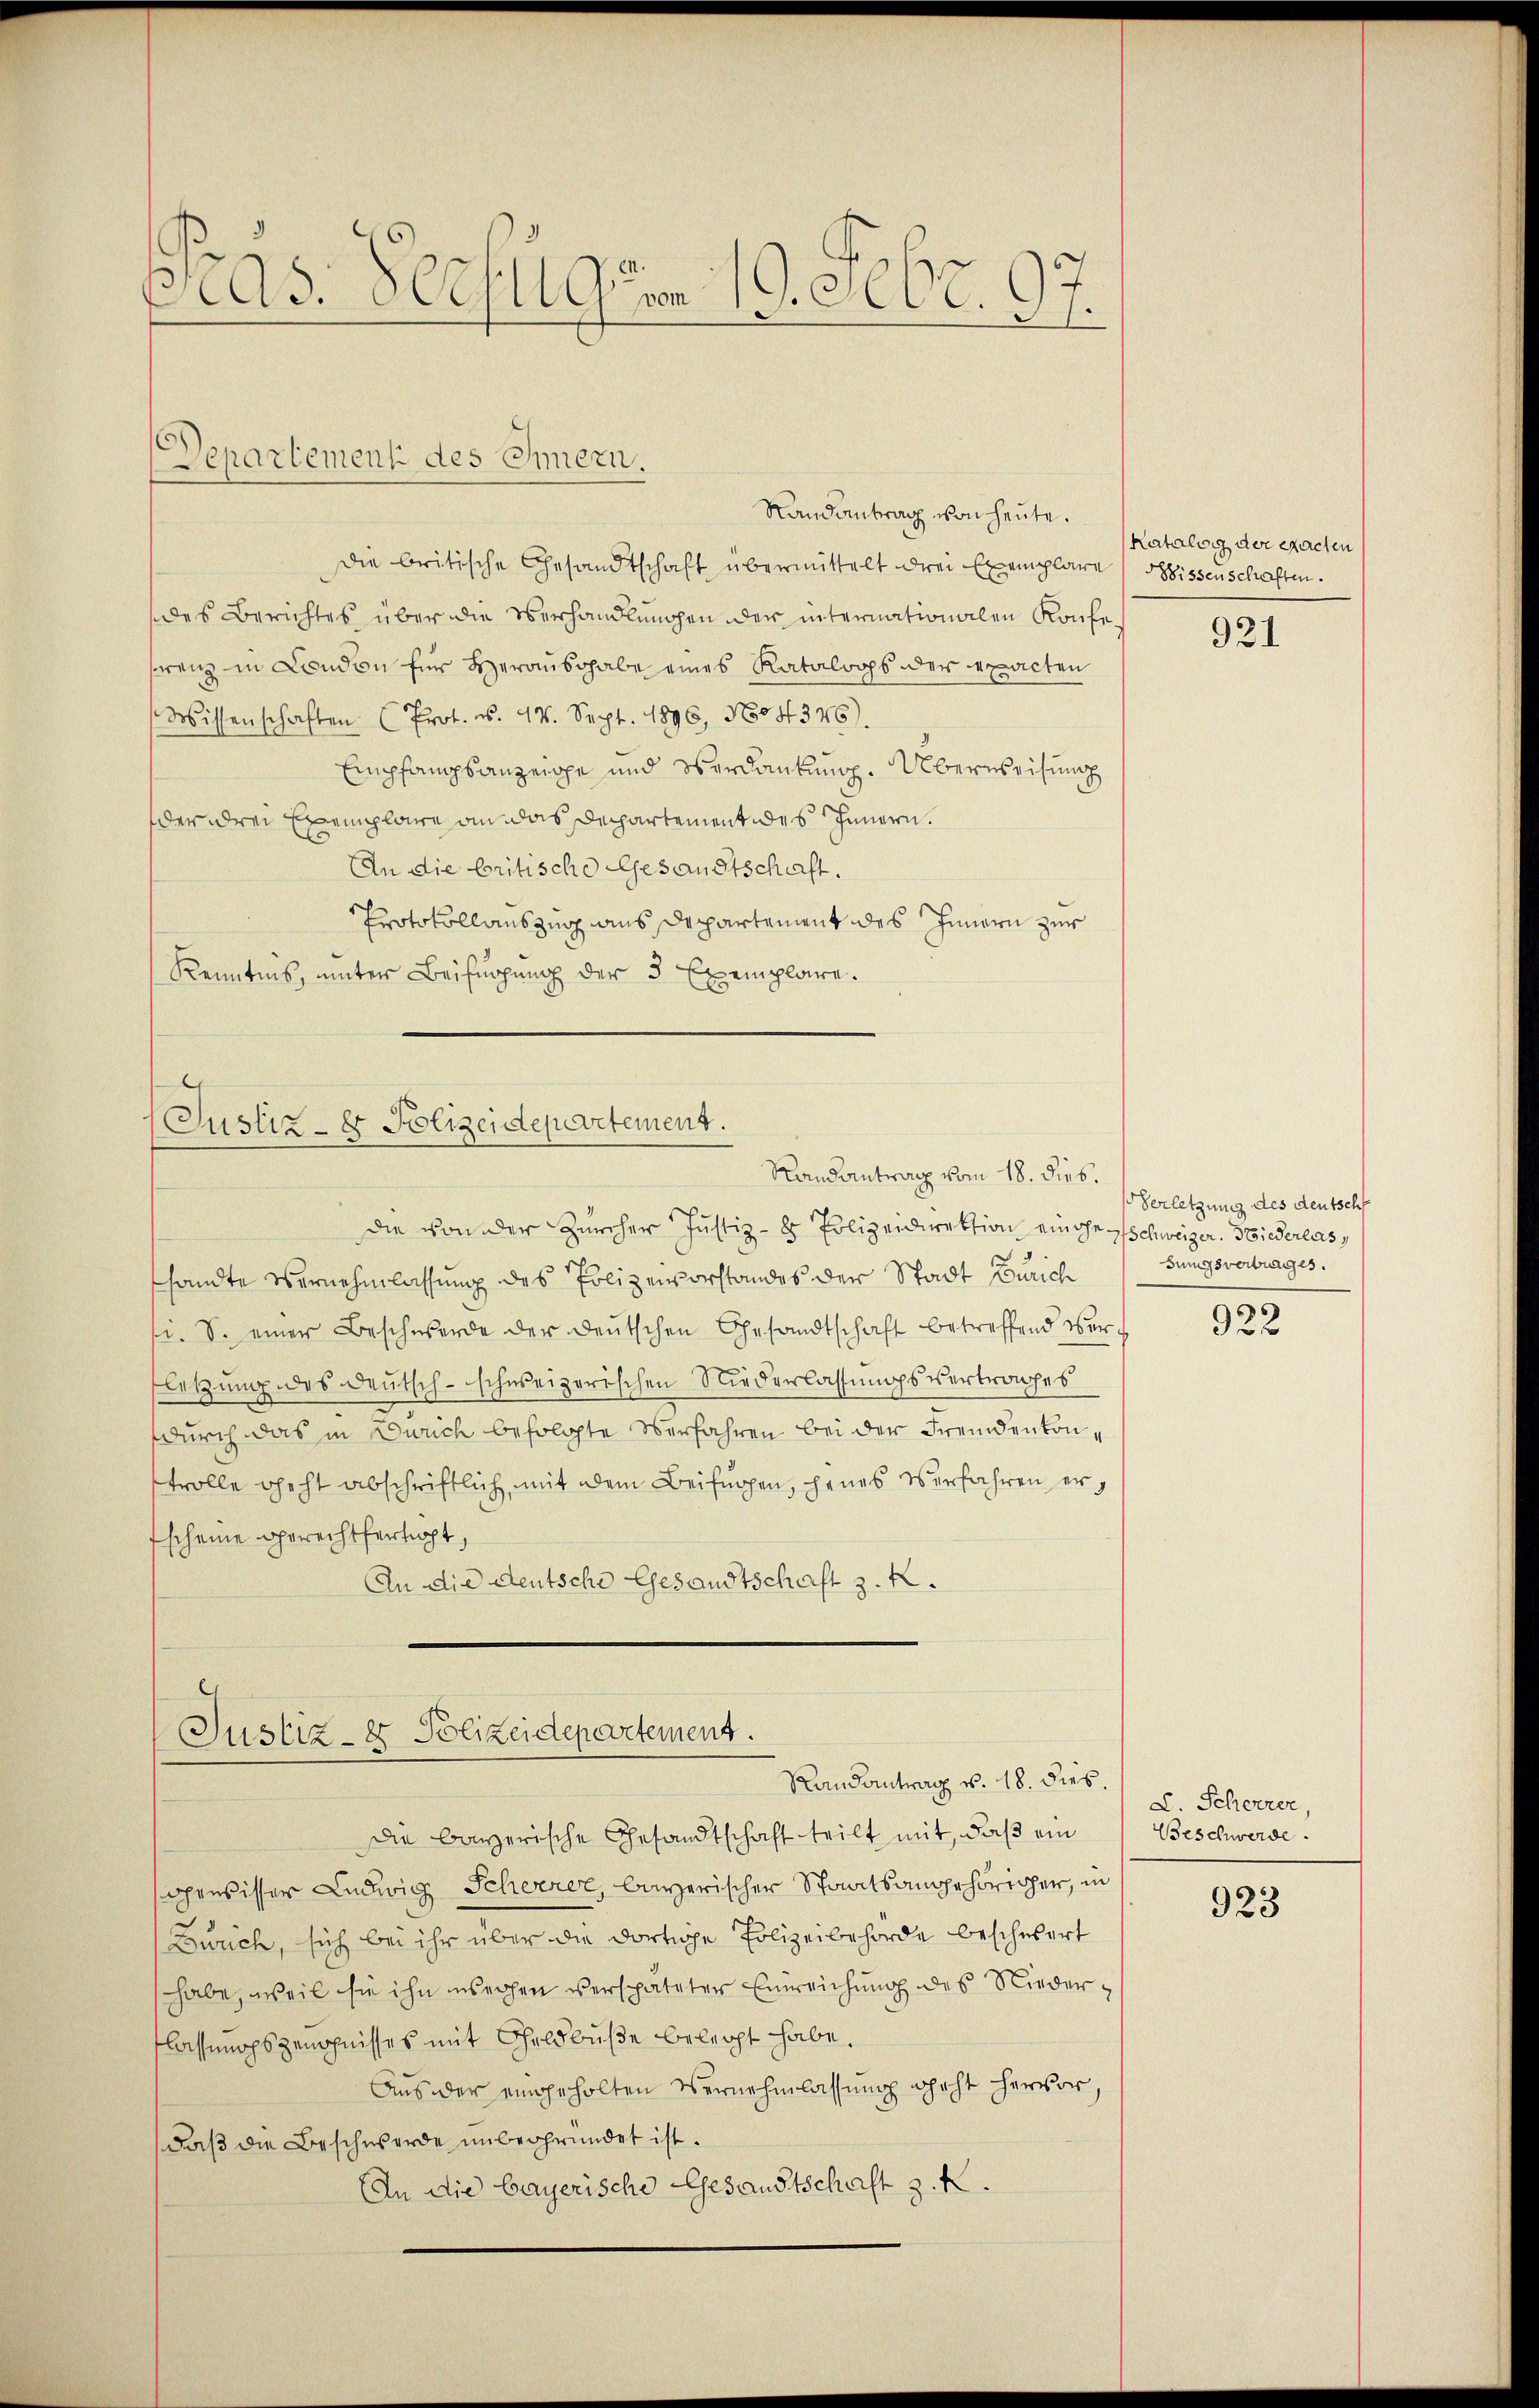
Pras. Pechung vom 19. Febr. 197.

Departement des Chmern.

Die britische Gesandtschaft übermittelt drei Exemplare Missenschaften.
des Berichtes über die Verhandlungen der internationalen Konfe
Franz in London für Herausgabe eines Katalogs der exacten
Wissenschaften (Prot. d. 14. Sept. 1896, No 4345).
Empfampsanzeige und Verdankung. Überweisung
der drei Exemplare an das Departement des Innern.
An die britische Gesandtschaft.
Protokollauszug aus Departement des Innern zur
Kenntnis, unter Beifügung der 3 Exemplare.

die von der Zürcher Justiz- & Polizeidirektion einahe schweizer. Besiederlas
sandte Vernehmlassung des Polizeivorstandes der Stadt Zürich
si. S. einer Beschwerde der deŭtschen Gesandtschaft betreffend Ver-
fletzung des Deutsch-schweizerischen Niederlassungsvertrages
durch das in Zürich befolgte Verfahren bei der Fremdenkonstrolle geht abschriftlich, mit dem Beifügen, jenes verfahren ertscheine gerechtfertigt,
An die deutsche Gesandtschaft z. K.

Randantrag von heute.

(Justiz- & Polizeidepartement.
Randantrag vom 18. dies.

Justiz- & Polizeidepartement.
Randantrag v. 18. dies.

die bayerische Gesandtschaft teilt mit, daß ein
gewisser Ludwig Scheerer, bayerischer Staatsangehöriger, in
Buuch, sich bei ihr über die dortige Polizeibehörde beschwert
habe, weil sie ihn wechen verspäteter Einreichung des Niederlassungszeichnisses mit Scheldbuße belegt habe.
Aus der eingeholten Vernehmlassung geht hervor,
daβ die Beschwerde unbegründet ist.
An die bayerische Gesandtschaft z. K.

Katalog der exacten

921

Verletzung des deutsch
sungsvertrages.

922

L. Schererer,
Beschwerde.

923